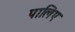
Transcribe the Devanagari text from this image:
पालिए